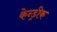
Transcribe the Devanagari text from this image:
केन्ड्रीक